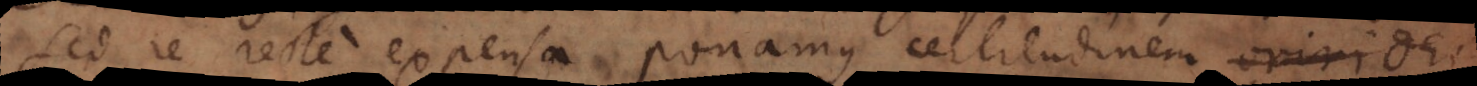
Sed re recte expensa ponamus certitudinem Dei